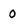
Character: 0